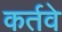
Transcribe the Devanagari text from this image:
कर्तवे